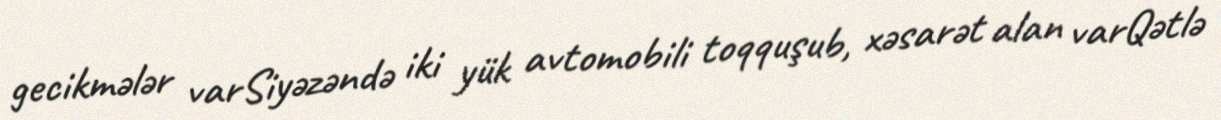
gecikmələr varSiyəzəndə iki yük avtomobili toqquşub, xəsarət alan varQətlə